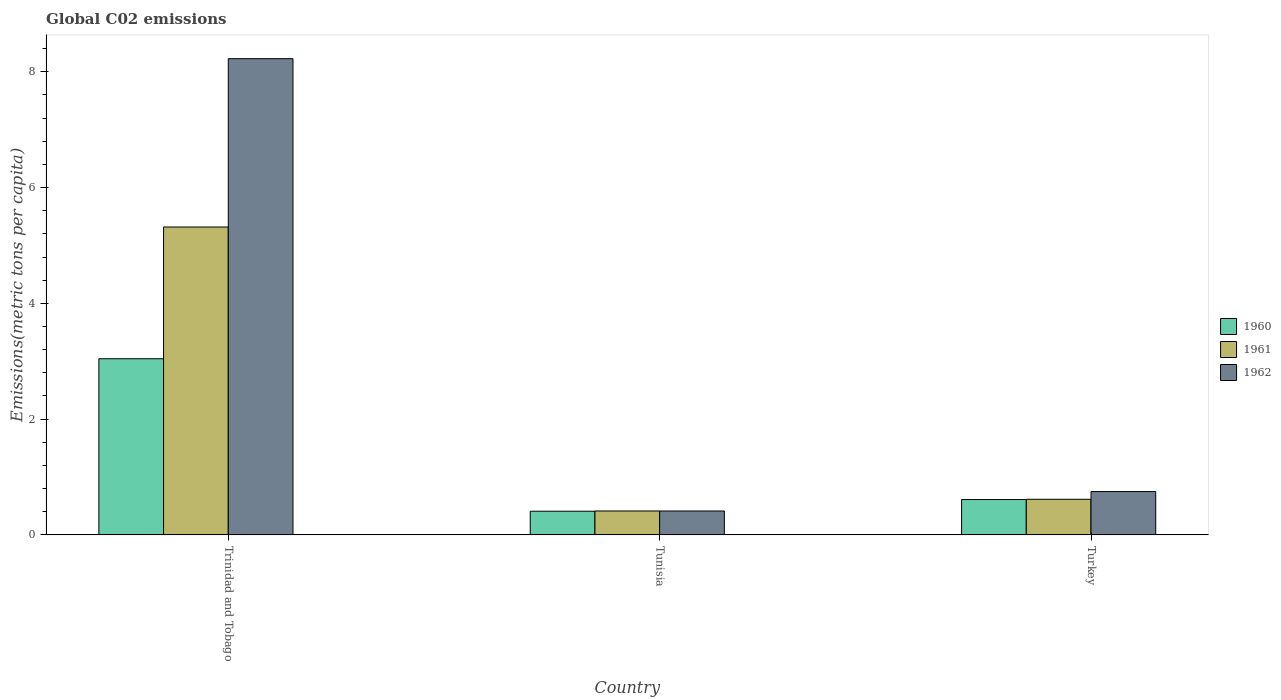
| Country | 1960 | 1961 | 1962 |
 | --- | --- | --- | --- |
 | Trinidad and Tobago | 3.04 | 5.32 | 8.23 |
 | Tunisia | 0.409 | 0.413 | 0.413 |
 | Turkey | 0.61 | 0.615 | 0.748 |